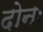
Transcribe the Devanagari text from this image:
दोनः